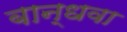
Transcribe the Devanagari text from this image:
बान्धवा